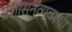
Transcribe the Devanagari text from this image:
प्रशासनव्यवस्था